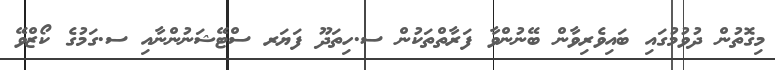
މިގޮތުން ދުވުމުގައި ބައިވެރިވާން ބޭނުންވާ ފަރާތްތަކުން ސ.ހިތަދޫ ފަޔަރ ސްޓޭޝަނުންނާއި ސ.ގަމުގެ ކޯޒްވޭ